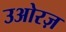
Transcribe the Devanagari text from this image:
उओरज़